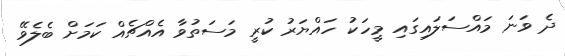
ދެ ވަނަ މައްސަލައިގައި މީހަކު ހައްޔަރު ކުރީ މަސަތުވާ އެއްޗެއް ކަމަށް ބެލެވޭ